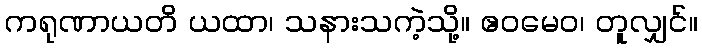
ကရုဏာယတိ ယထာ၊ သနားသကဲ့သို့။ ဧဝမေဝ၊ တူလျှင်။